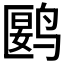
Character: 𬸘